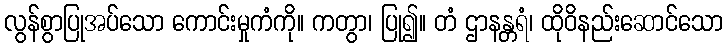
လွန်စွာပြုအပ်သော ကောင်းမှုကံကို။ ကတွာ၊ ပြု၍။ တံ ဌာနန္တရံ၊ ထိုဝိနည်းဆောင်သော